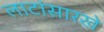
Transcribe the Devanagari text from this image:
लाटांसारखे